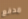
مدفع